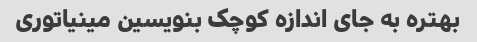
بهتره به جای اندازه کوچک بنویسین مینیاتوری